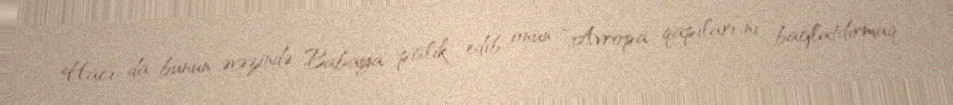
Hacı da bunun əvəzində Babaya pislik edib onun “Avropa qapıları”nı bağlatdırmaq